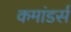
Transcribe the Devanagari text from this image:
कमांडर्स